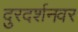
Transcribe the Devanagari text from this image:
दुरदर्शनवर